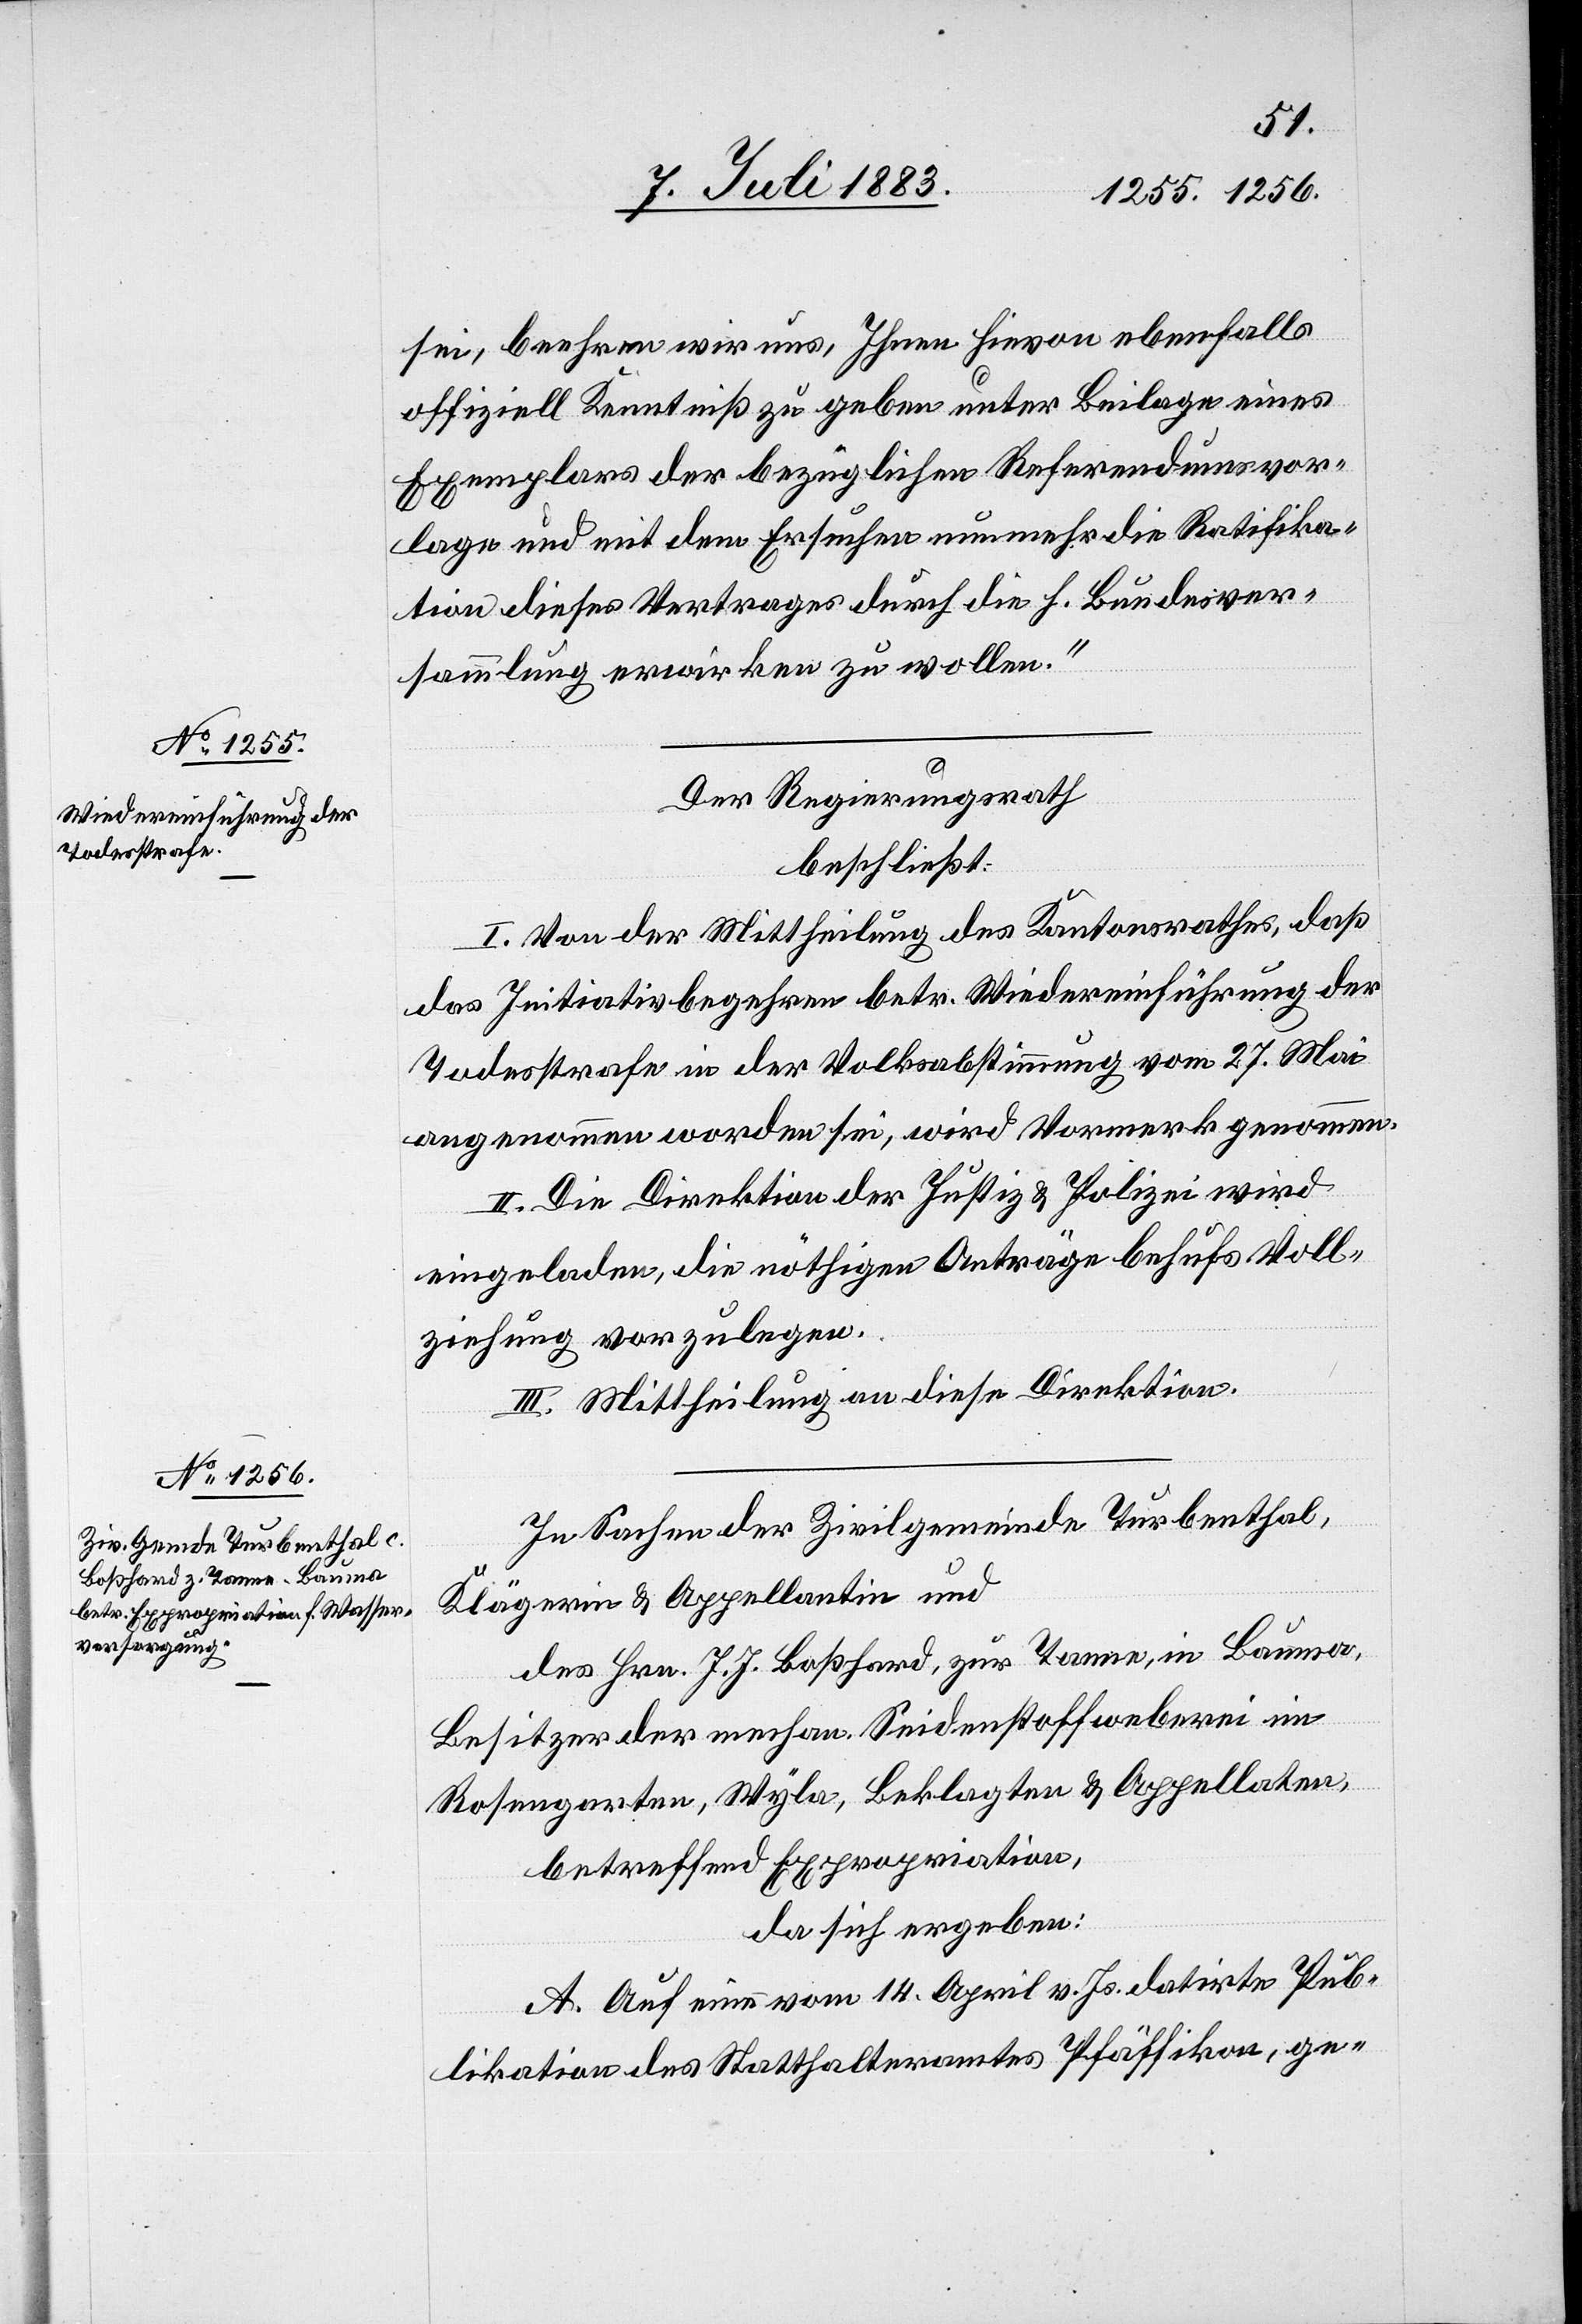
sei, beehren wir uns, Ihnen hievon ebenfalls
offiziell Kenntniß zu geben unter Beilage eines
Exemplars der bezüglichen Referendumsvor¬
lage und mit dem Ersuchen nunmehr die Ratifika¬
tion dieses Vertrages durch die h. Bundesver¬
sammlung erwirken zu wollen.“
Der Regierungsrath
beschließt:
I. Von der Mittheilung des Kantonsrathes, daß
das Initiativbegehren betr. Wiedereinführung der
Todesstrafe in der Volksabstimmung vom 27. Mai
angenommen worden sei, wird Vormerk genommen.
II. Die Direktion der Justiz & Polizei wird
eingeladen, die nöthigen Anträge behufs Voll¬
ziehung vorzulegen.
III. Mittheilung an diese Direktion.
In Sachen der Zivilgemeinde Turbenthal,
Klägerin & Appellantin und
des Hrn. J. J. Boßhard, zur Tanne, in Bauma,
Besitzer der mechan. Seidenstoffweberei im
Rosengarten, Wyla, Beklagten & Appellaten,
betreffend Expropriation,
da sich ergeben:
A. Auf eine vom 14. April v. Js. datirte Pub¬
likation des Statthalteramtes Pfäffikon, ge-